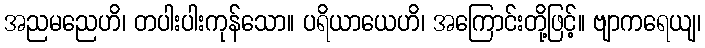
အညမညေဟိ၊ တပါးပါးကုန်သော။ ပရိယာယေဟိ၊ အကြောင်းတို့ဖြင့်။ ဗျာကရေယျ၊